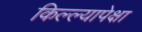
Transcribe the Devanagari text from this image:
किल्ल्यापेक्षा